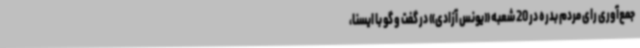
جمع‌آوری رای مردم بدره در 20 شعبه «یونس آزادی» در گفت و گو با ایسنا،